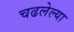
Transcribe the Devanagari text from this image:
चढलेल्या